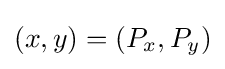
(x,y)=(P_{x},P_{y})